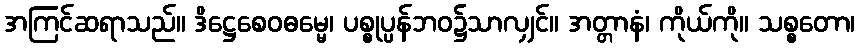
အကြင်ဆရာသည်။ ဒိဋ္ဌေစေဝဓမ္မေ၊ ပစ္စုပ္ပန်ဘဝ၌သာလျှင်။ အတ္တာနံ၊ ကိုယ်ကို။ သစ္စတော၊